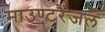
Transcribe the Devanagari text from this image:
माउण्टरैंजल